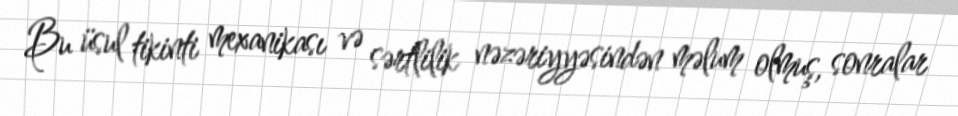
Bu üsul tikinti mexanikası və sərtlilik nəzəriyyəsindən məlum olmuş, sonralar